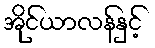
အိုင်ယာလန်နှင့်